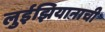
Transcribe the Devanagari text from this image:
लुईझियानाची